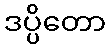
ဒပ္ပိတော